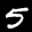
Digit: 5